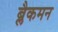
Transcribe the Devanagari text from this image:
ब्लैकमन